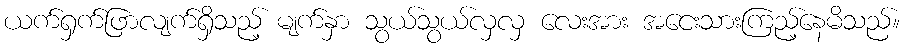
ယက်ရှက်ဖြာလျက်ရှိသည့် မျက်နှာ သွယ်သွယ်လှလှ လေးအား အငေးသားကြည့်နေမိသည်။